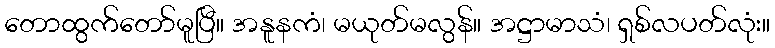
တောထွက်တော်မူပြီ။ အနူနကံ၊ မယုတ်မလွန်။ အဋ္ဌာမာသံ၊ ရှစ်လပတ်လုံး။